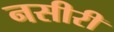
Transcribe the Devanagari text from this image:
नसीरी